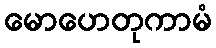
မောဟေတုကာမံ